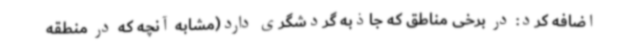
اضافه کرد: در برخی مناطق که جاذبه گردشگری دارد(مشابه آنچه که در منطقه